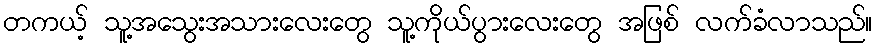
တကယ့် သူ့အသွေးအသားလေးတွေ သူ့ကိုယ်ပွားလေးတွေ အဖြစ် လက်ခံလာသည်။